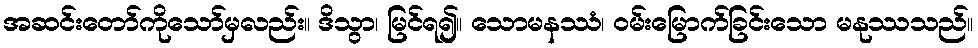
အဆင်းတော်ကိုသော်မှလည်း။ ဒိသွာ၊ မြင်ရ၍။ သောမနဿံ၊ ဝမ်းမြောက်ခြင်းသော မနုဿသည်။